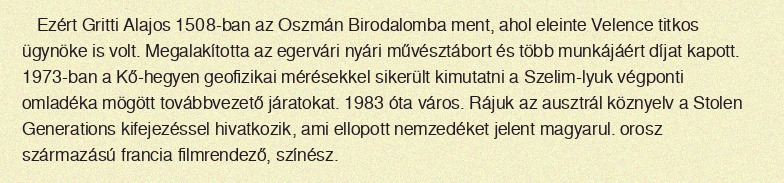
Ezért Gritti Alajos 1508-ban az Oszmán Birodalomba ment, ahol eleinte Velence titkos ügynöke is volt. Megalakította az egervári nyári művésztábort és több munkájáért díjat kapott. 1973-ban a Kő-hegyen geofizikai mérésekkel sikerült kimutatni a Szelim-lyuk végponti omladéka mögött továbbvezető járatokat. 1983 óta város. Rájuk az ausztrál köznyelv a Stolen Generations kifejezéssel hivatkozik, ami ellopott nemzedéket jelent magyarul. orosz származású francia filmrendező, színész.